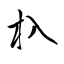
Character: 杁